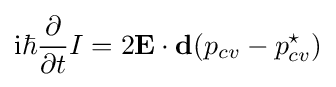
\mathrm {i} \hbar {\frac {\partial }{\partial t}}I=2{\mathbf {E} }\cdot {\mathbf {d} }(p_{cv}-p_{cv}^{\star })